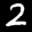
Label: 2